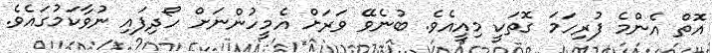
އޮތް އެންމެ ފުރިހަމަ ގޮތަކީ މިއީއެވެ. ބުނެވޭ ވަރަށް އެމީހުންނަށް ހޯދިފައި ނުވާކަމުގައެވެ.